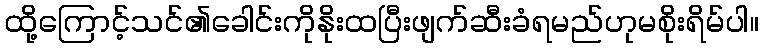
ထို့ကြောင့်သင်၏ခေါင်းကိုနိုးထပြီးဖျက်ဆီးခံရမည်ဟုမစိုးရိမ်ပါ။